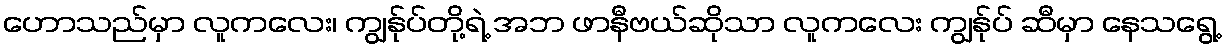
ဟောသည်မှာ လူကလေး၊ ကျွန်ုပ်တို့ရဲ့ အဘ ဖာနီဗယ်ဆိုသာ လူကလေး ကျွန်ုပ် ဆီမှာ နေသရွေ့